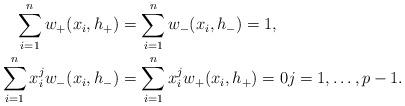
LaTeX: \begin{align*} \begin{aligned} \sum_{i=1}^{n}w_+(x_i,h_{+})&=\sum_{i=1}^{n}w_{-}(x_i,h_{-})=1, \\ \sum_{i=1}^{n}x_{i}^{j}w_{-}(x_i,h_{-})&=\sum_{i=1}^{n}x_{i}^{j}w_{+}(x_i,h_{+})=0 j=1,\dotsc,p-1. \end{aligned}\end{align*}